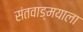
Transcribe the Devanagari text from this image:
संतवाङ्मयाला